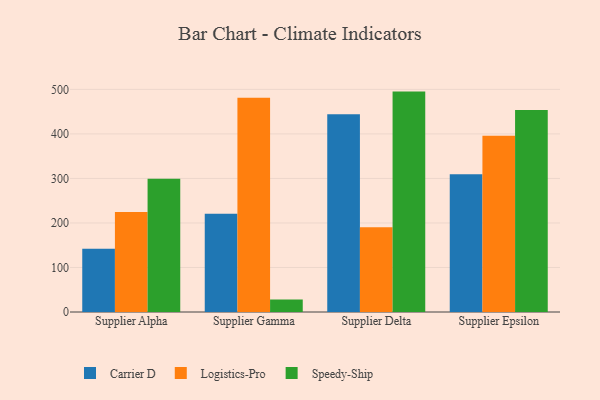
{"axis": {"x": "Supplier", "y": "Net Income (USD K)"}, "legend": ["Carrier D", "Logistics-Pro", "Speedy-Ship"], "data": [{"x": "Supplier Alpha", "y": 142.3, "type": "Carrier D"}, {"x": "Supplier Alpha", "y": 224.7, "type": "Logistics-Pro"}, {"x": "Supplier Alpha", "y": 299.0, "type": "Speedy-Ship"}, {"x": "Supplier Gamma", "y": 220.7, "type": "Carrier D"}, {"x": "Supplier Gamma", "y": 481.0, "type": "Logistics-Pro"}, {"x": "Supplier Gamma", "y": 28.2, "type": "Speedy-Ship"}, {"x": "Supplier Delta", "y": 444.0, "type": "Carrier D"}, {"x": "Supplier Delta", "y": 190.6, "type": "Logistics-Pro"}, {"x": "Supplier Delta", "y": 495.0, "type": "Speedy-Ship"}, {"x": "Supplier Epsilon", "y": 309.3, "type": "Carrier D"}, {"x": "Supplier Epsilon", "y": 396.0, "type": "Logistics-Pro"}, {"x": "Supplier Epsilon", "y": 453.9, "type": "Speedy-Ship"}]}